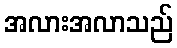
အလားအလာသည်